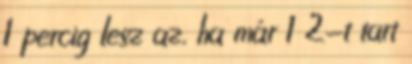
1 percig lesz az, ha már 1 2-t tart